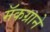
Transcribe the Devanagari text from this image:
मॅकग्राने